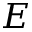
E